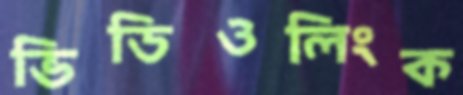
ভিডিওলিংক